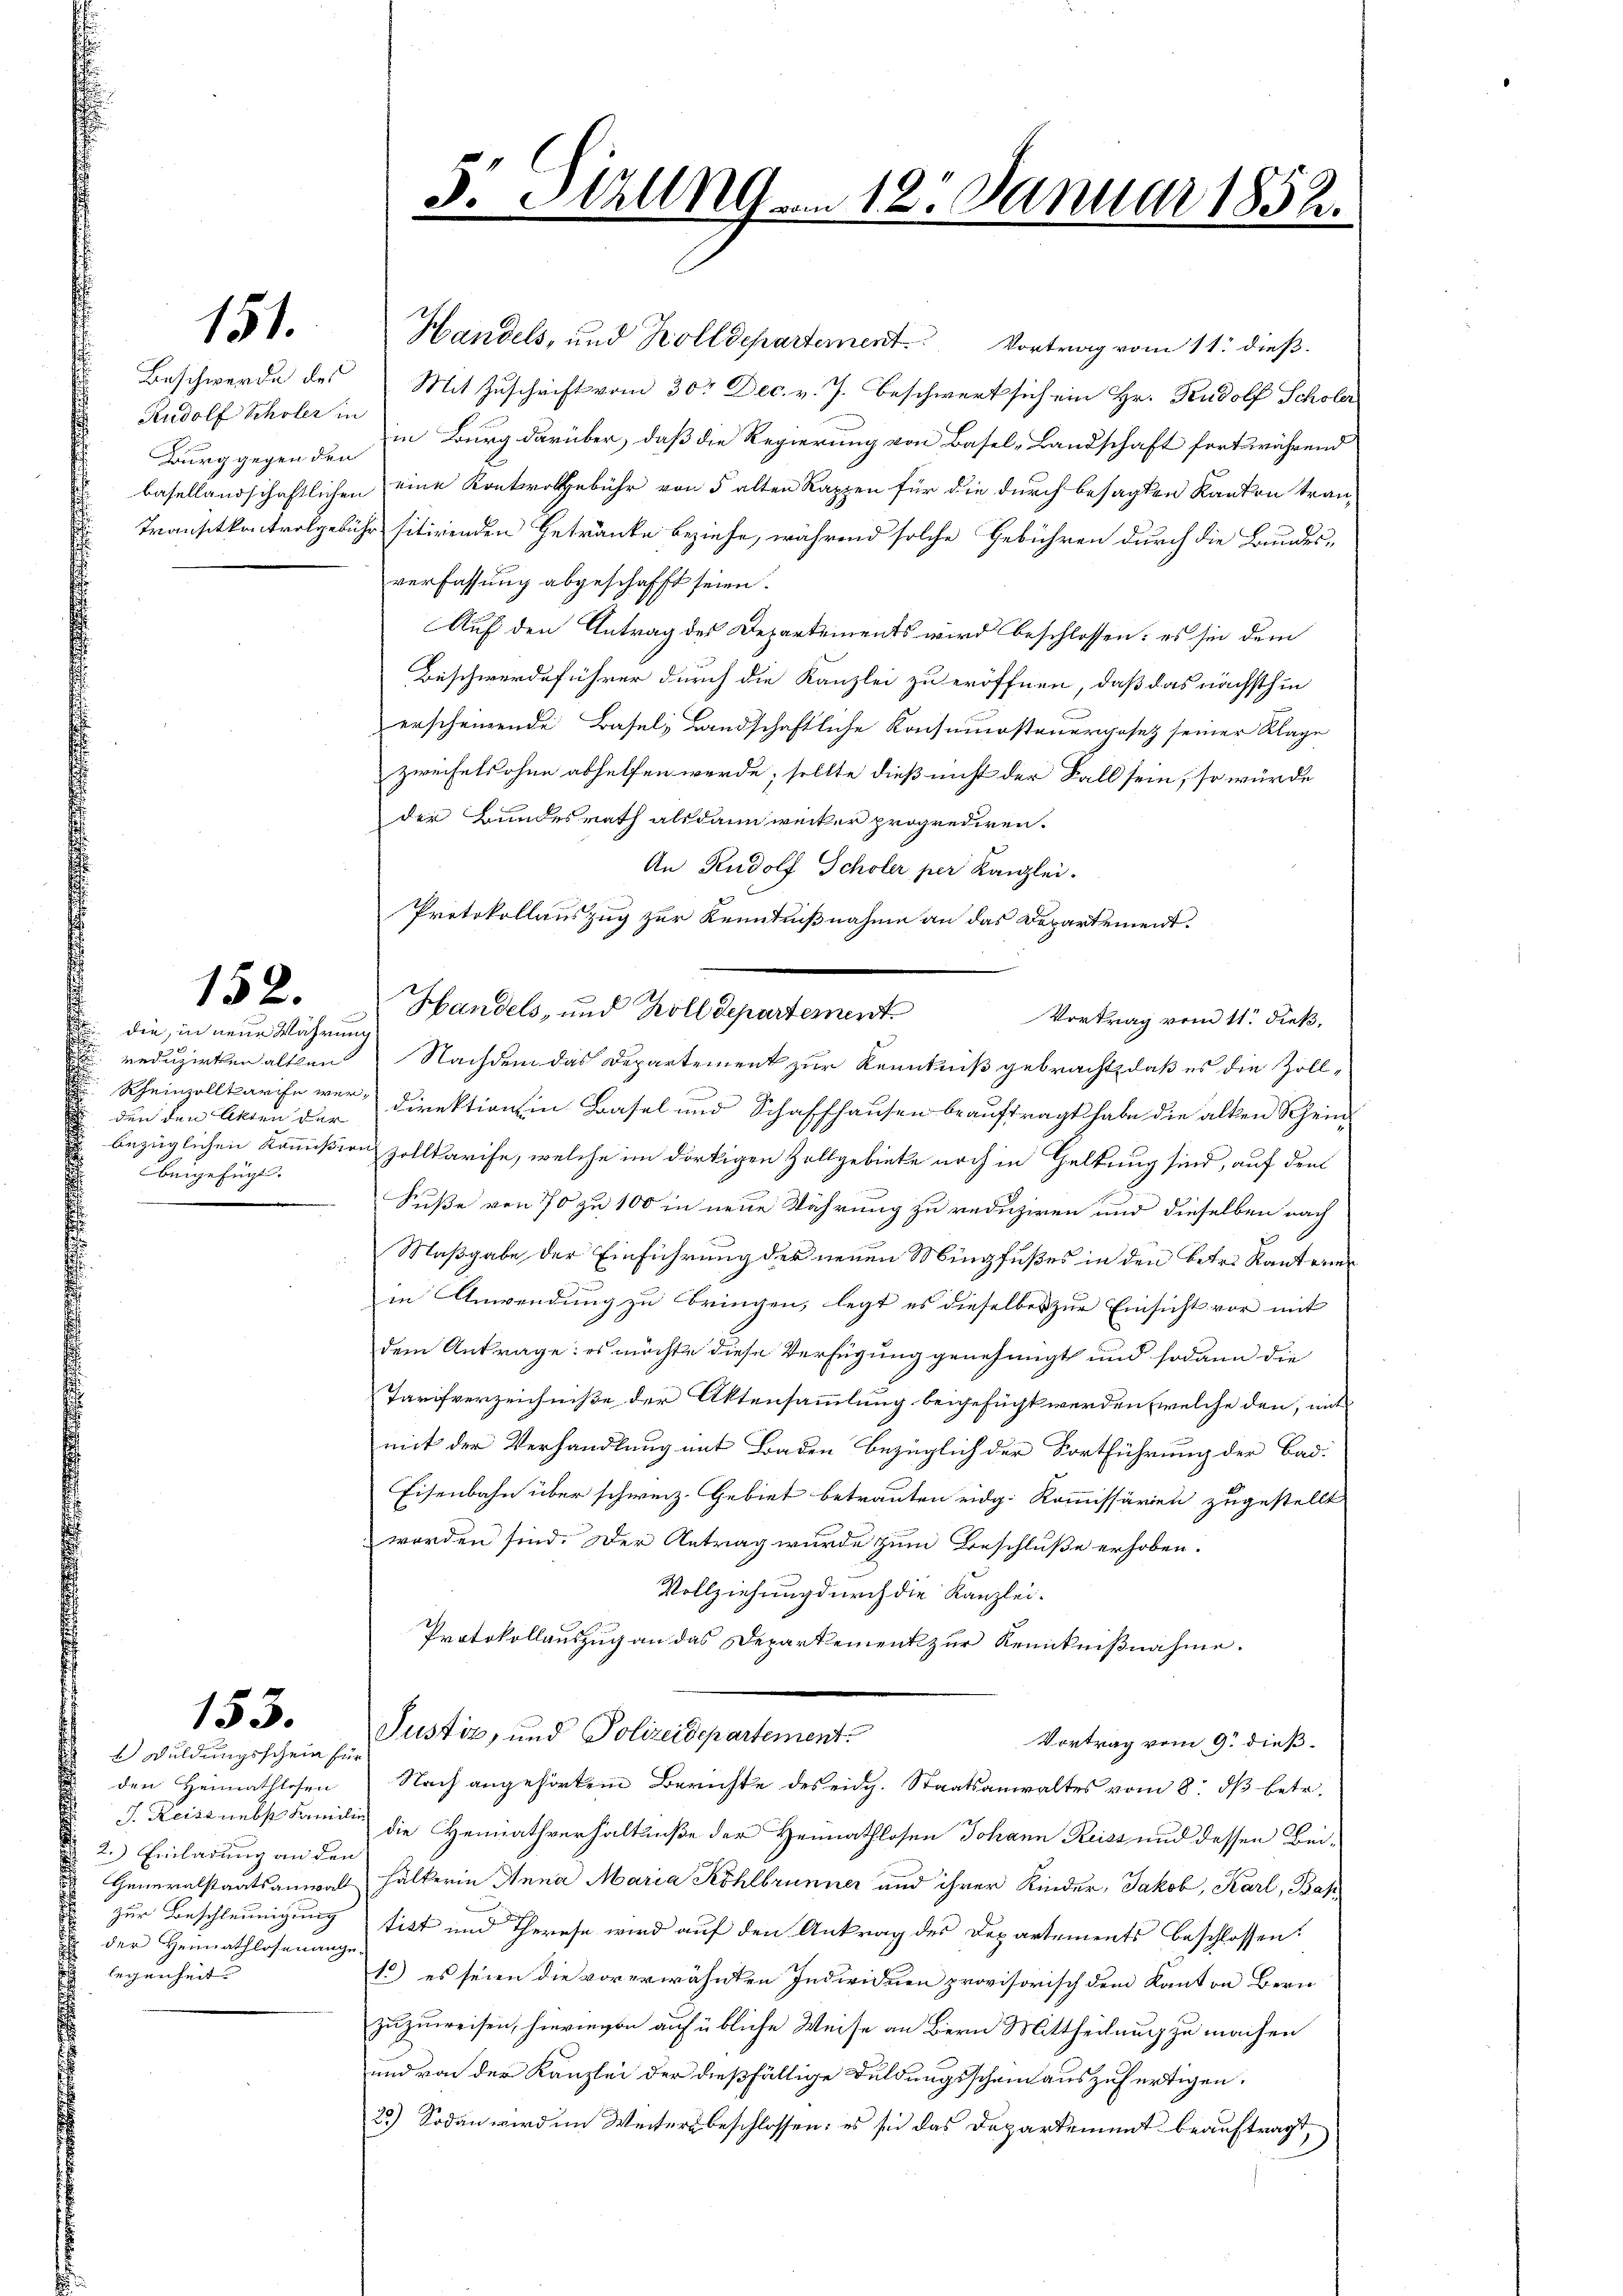
151.

Rudolf Scholer in
Burg gegen den

152.

die, in neue Währung
.
den den Akten der
beigefügt.
.

153.

2 Duldungsschein für
den Heimathlosen
2. Einladung an den
zur Beschleunigung
der Heimathlosenange.
legenheit |

3. Stallng am 12. Januar 1852.

Handels, und Zolldepartement. Vortrag vom 11. dieß.
Beschwerde des Mit Zuschrift vom 30. Dec. v. J. Beschwert sich ein Hr. Rudolf Scholer
in Burg darüber, daß die Regierung von Basel-Landschaft fortwährend
basellandschaftlichen eine Kontrolgebühr von 5 alten Rappen für die durch besagten Kanton tran¬
Transitkontrolgebühr sitirenden Getränke beziehe, während solche Gebühren durch die Bundes-
verfassung abgeschafft seien.
Auf den Antrag des Departements wird beschlossen: es sie dem
Beschwerdeführer durch die Kanzlei zu eröffnen, daß das nächsthin
erscheinende Basel, Landschaftliche Konsumsteuergesetz seiner Klage
zweifelsohne abhelfen werde; sollte dieß nicht der Fall sein, so würde
der Bundesrath alsdann wecker proprediren.
An Rudolf Scholer per Kanzlei.
Protokollauszug zur Kenntnißnahme an das Departement.
Vortrag vom 11. dieß,
u reduzirten alten Nachdem das Departement zur Kenntniß gebracht, daß es die Zoll¬
Rheinzollarife vor, Direktion in Basel und Schaffhausen beauftragt habe die alten Schein-
 bezüglichen Kommißion zolltarife, welche im dortigen Zollgebiete noch in Haltung sind, auf den
Suße von 70 zu 100 in neue Währung zu reduziren und dieselben nach
Maßgabe der Einführung der neuen Mingfußes in den Betr. Kantonen
in Anwendung zu bringen, legt es dieselbes zur Einsicht vor mit
dem Antrage: es möchte diese Verfügung genehmigt und sodann die
Tarifverzeichniße der Aktensammlung beigesucht werden, welche den, mit
mit der Verhandlung mit Baden bezüglich der Fortführung der Bad
Eisenbahn über schweiz. Gebiet betrauten eidg. Kommissarien zugestellt
worden sind. Der Antrag wurde zum Beschluße erhoben.
Vollziehung durch die Kanzlei-
Protokollauszug an das Departement zur Kenntniβnahme.
Justiz, und Polizeidepartement.
Vortrag vom 9. dieß.
Nach angehörtem Berichte des eidg. Staatsanwaltes vom 8. ds betr.
d. Reiss nebst Familie die Hemathverhaltniße der Heimathlosen Johann Reiss und dessen Bei¬
Generalstaatsanwalt hälterin Anna Maria Köhlbrunner und ihrer Kinder, Jakob, Karl, Bas
tikt und Therese wird auf den Antrag des Departements beschlossen:
1.) es seien die vorerwähnten Individuen provisorisch dem Kanton Bern
zuzuweisen, hierievon auf übliche Weise an Bern Mittheilung zu machen
und von der Kanzlei der dießfällige Duldungsschein auszufertigen.
22) Sodann wird im Weitere beschlossen: es sei das Departement beauftragt,

Handels, und Zoll Departement